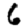
Digit: 6